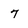
Character: 7